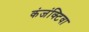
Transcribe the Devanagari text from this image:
कंजंक्टिवा